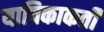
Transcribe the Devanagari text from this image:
याचिकाकर्ती